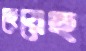
ছেয়েছ